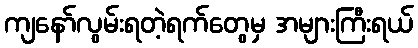
ကျနော်လွမ်းရတဲ့ရက်တွေမှ အများကြီးရယ်